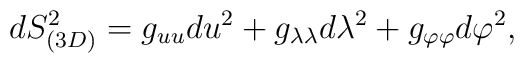
dS_{(3D)}^{2}=g_{uu}du^{2}+g_{\lambda \lambda }d\lambda ^{2}+g_{\varphi\varphi }d\varphi ^{2},